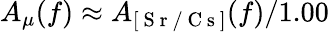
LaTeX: A_{\mu}(f)\approx A_{[\mathrm{~S~r~/~C~s~}]}(f)/1.00